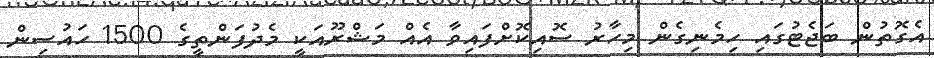
އެގޮތުން ބަޖެޓުގައި ހިމެނިގެން މިހާރު ސޮއިކޮށްފައިވާ އެއް މަޝްރޫއަކީ މެދުފަންތީގެ 1500 ހައުސިން